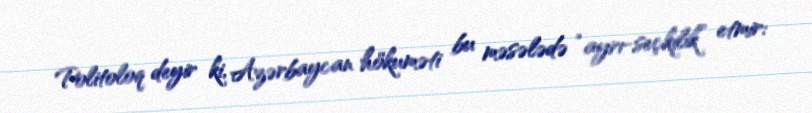
Politoloq deyir ki, Azərbaycan hökuməti bu məsələdə “ayrı-seçkilik” etmir: